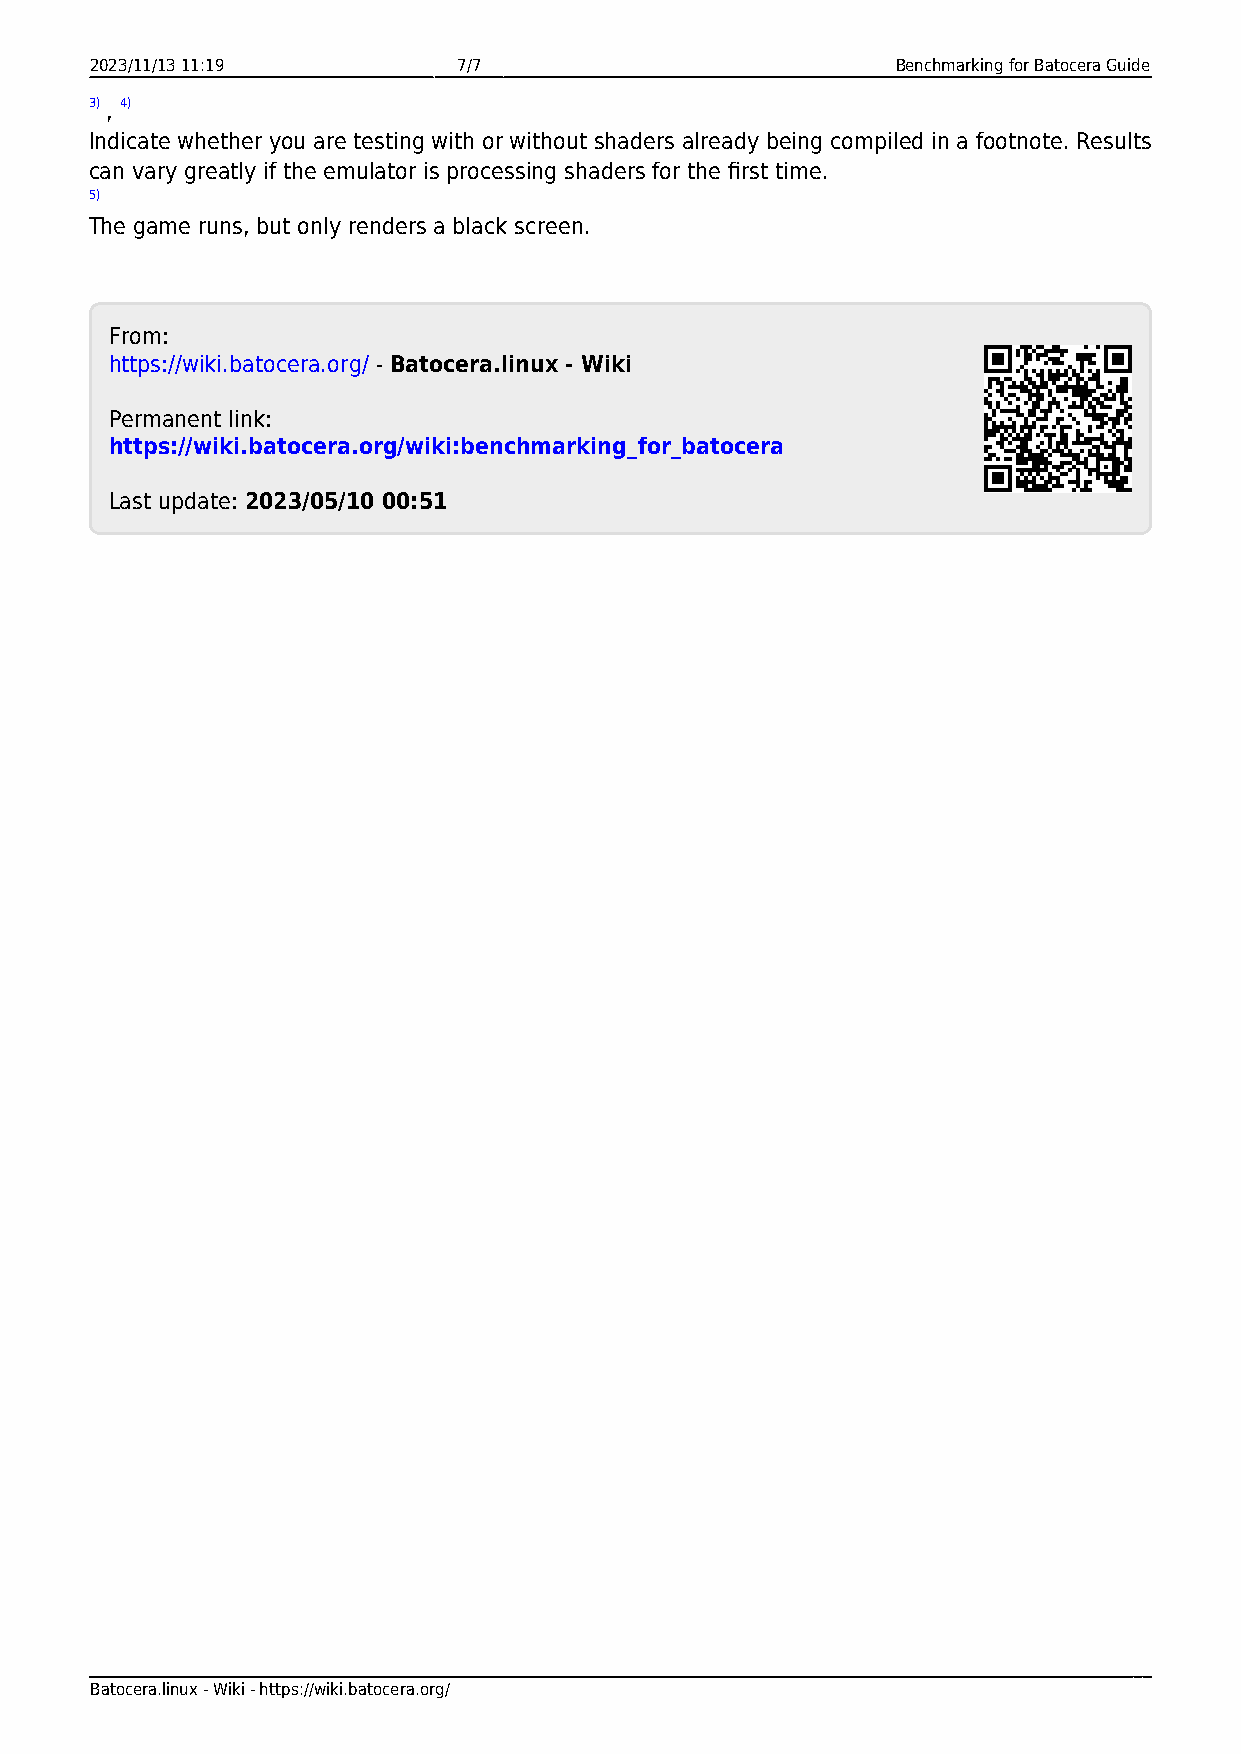
2023/11/13 11:19        7/7                          Benchmarking for Batocera Guide
 3) , 4)
 Indicate whether you are testing with or without shaders already being compiled in a footnote. Results
 can vary greatly if the emulator is processing shaders for the first time.
 5)
 The game runs, but only renders a black screen.
 From:
 https://wiki.batocera.org/ - Batocera.linux - Wiki
 Permanent link:
 https://wiki.batocera.org/wiki:benchmarking_for_batocera
 Last update: 2023/05/10 00:51
 Batocera.linux - Wiki - https://wiki.batocera.org/